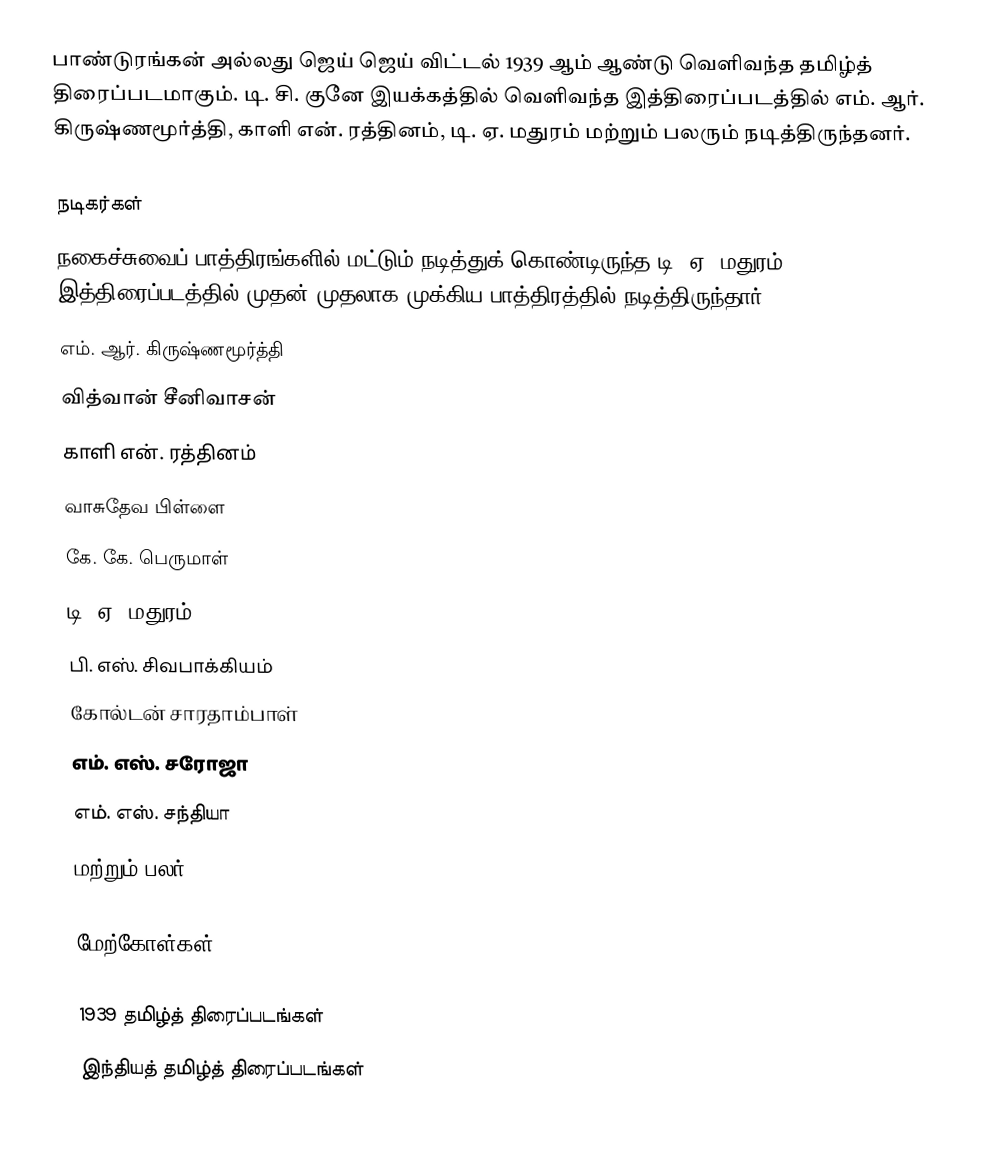
பாண்டுரங்கன் அல்லது ஜெய் ஜெய் விட்டல் 1939 ஆம் ஆண்டு வெளிவந்த தமிழ்த் திரைப்படமாகும். டி. சி. குனே இயக்கத்தில் வெளிவந்த இத்திரைப்படத்தில் எம். ஆர். கிருஷ்ணமூர்த்தி, காளி என். ரத்தினம், டி. ஏ. மதுரம் மற்றும் பலரும் நடித்திருந்தனர்.

நடிகர்கள்
நகைச்சுவைப் பாத்திரங்களில் மட்டும் நடித்துக் கொண்டிருந்த டி. ஏ. மதுரம், இத்திரைப்படத்தில் முதன் முதலாக முக்கிய பாத்திரத்தில் நடித்திருந்தார்.
எம். ஆர். கிருஷ்ணமூர்த்தி
வித்வான் சீனிவாசன்
காளி என். ரத்தினம்
வாசுதேவ பிள்ளை
கே. கே. பெருமாள்
டி. ஏ. மதுரம்
பி. எஸ். சிவபாக்கியம்
கோல்டன் சாரதாம்பாள்
எம். எஸ். சரோஜா
எம். எஸ். சந்தியா
மற்றும் பலர்.

மேற்கோள்கள்

1939 தமிழ்த் திரைப்படங்கள்
இந்தியத் தமிழ்த் திரைப்படங்கள்